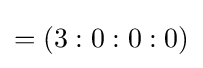
=(3:0:0:0)